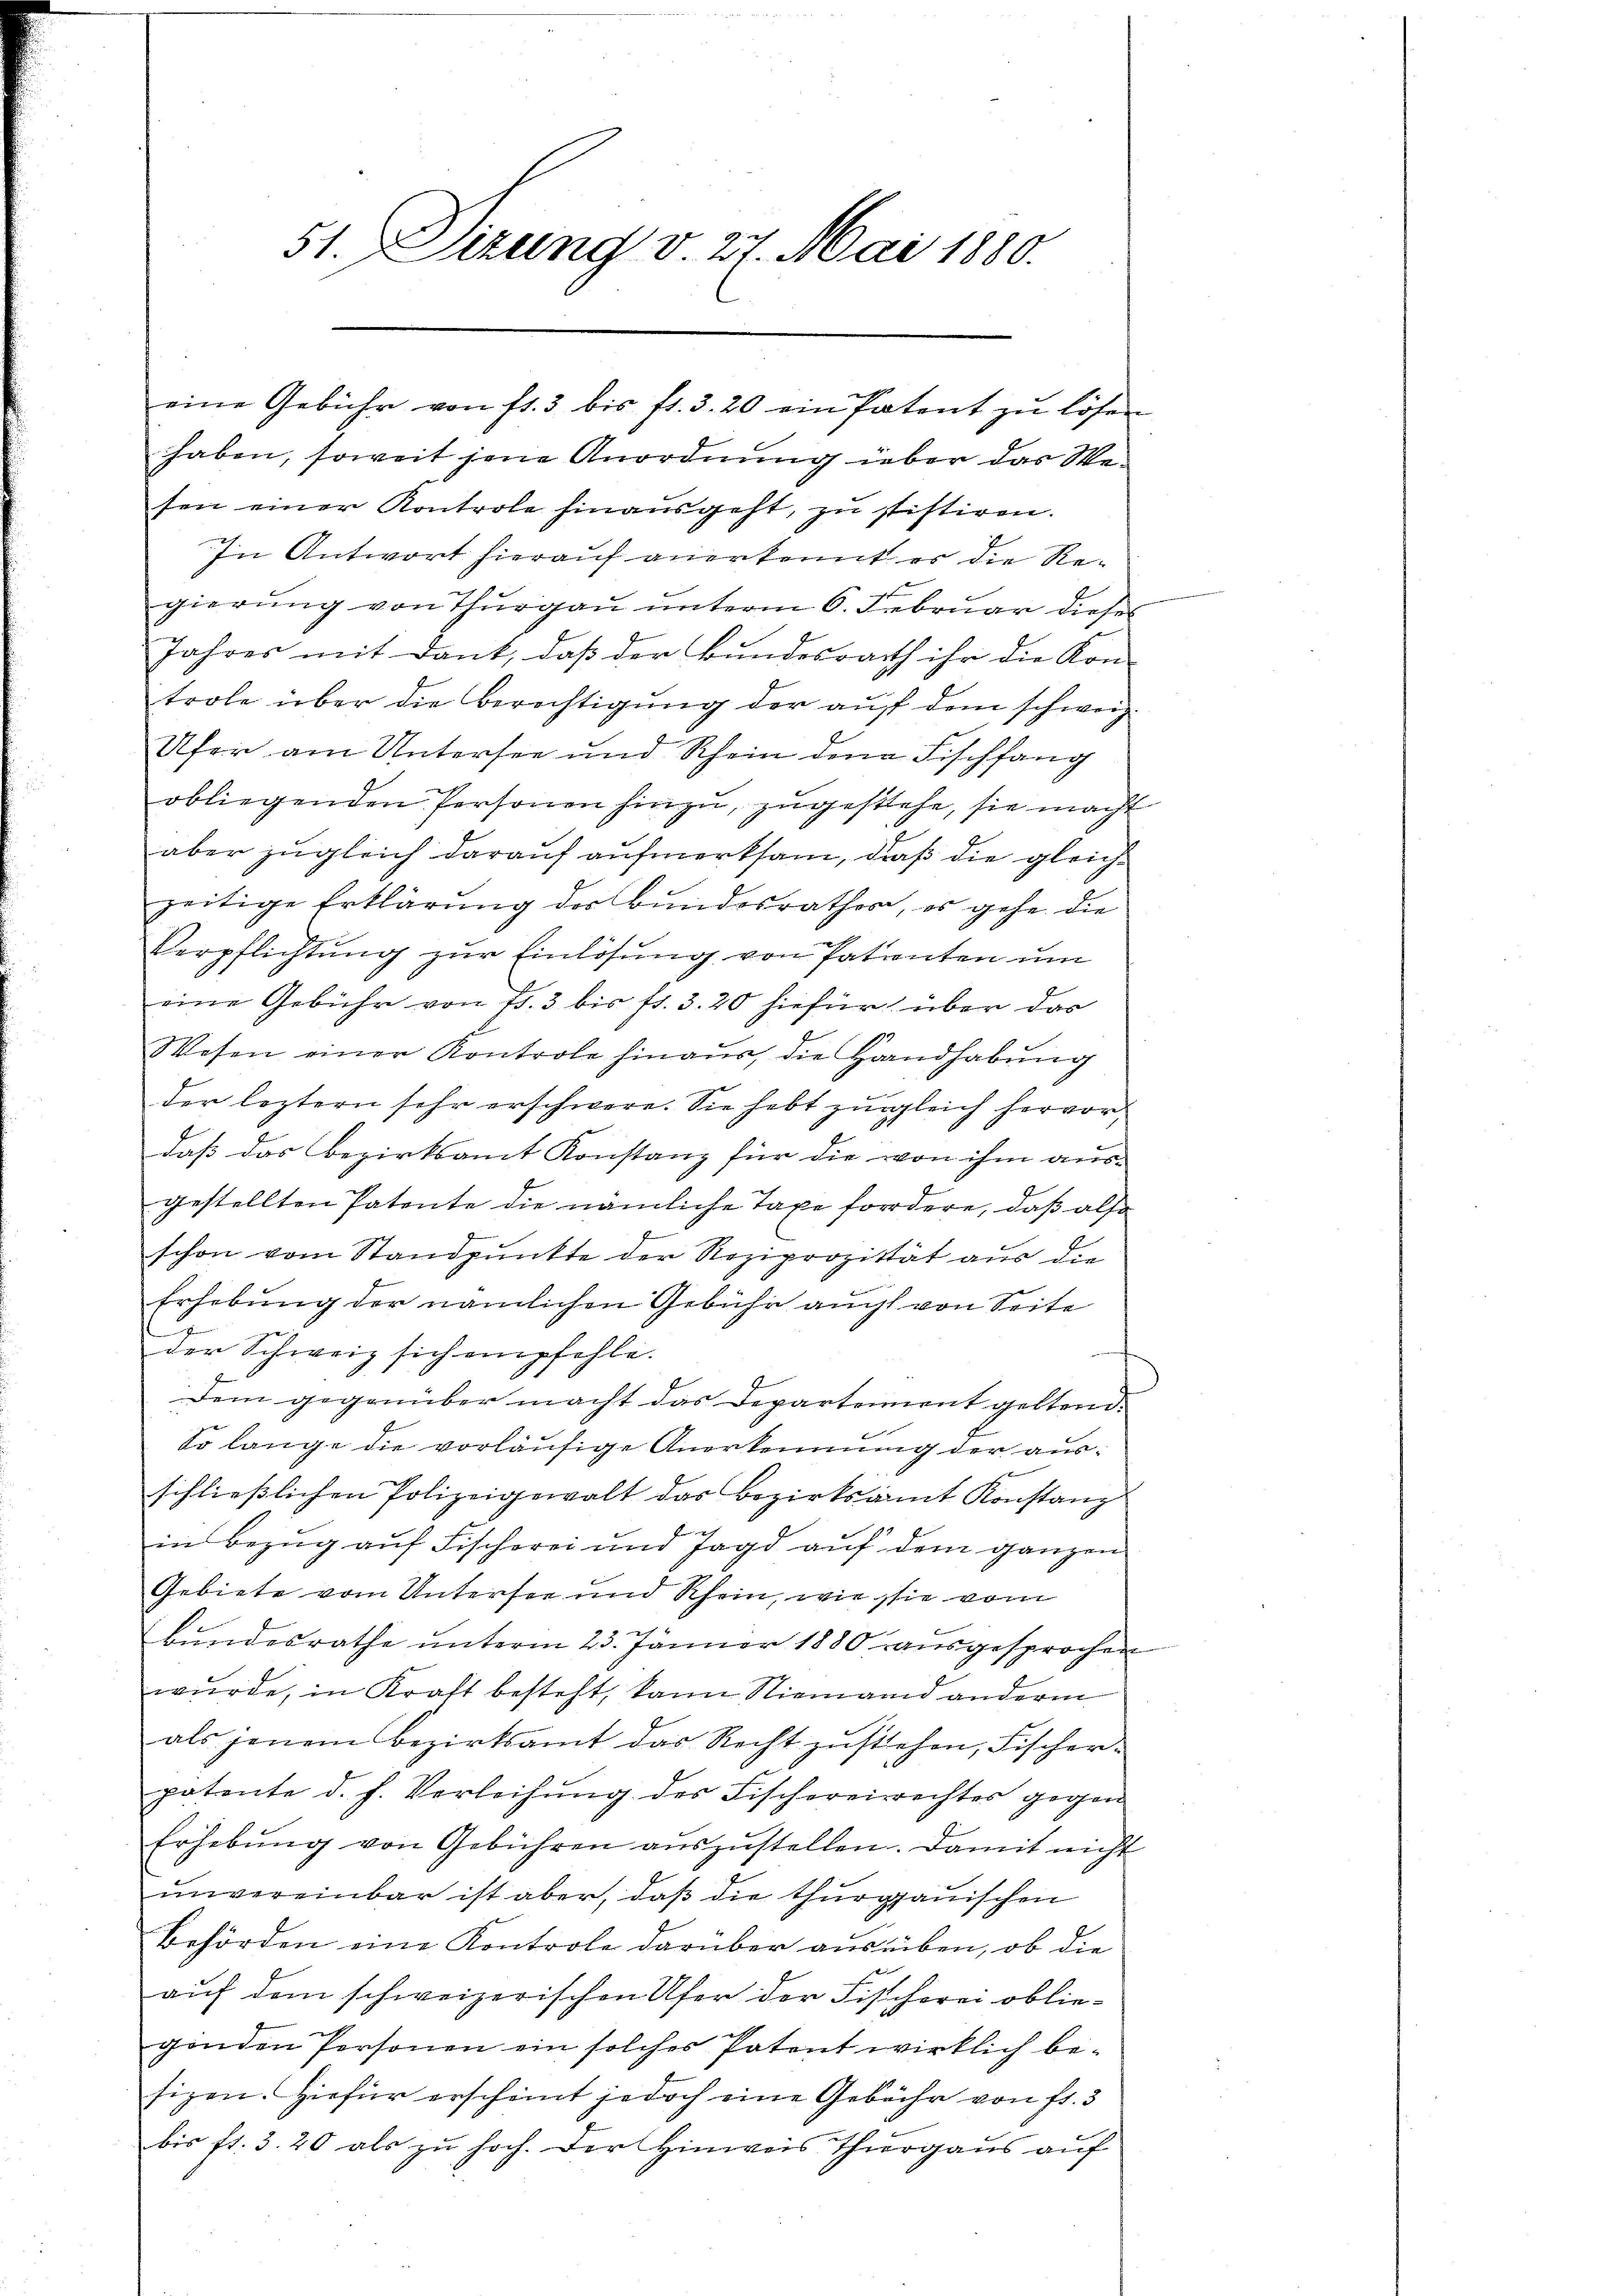
51. Dizung v. 27. Mai 1880.

sen einer Kontrole hinausgeht, zu stistiren.
In Antwort hierauf anerkennt er die Regierung von Thurgau unterm 6. Februar dieser
Jahres mit Dank, daß der Bundesrath ihr die Kon-
trobe über die Berechtigung der auf dem schweiz
Ufer am Untersee und Rhein dena Fischfang
obliegenden Personen hinzu, zugestehe, sie macht
aber zugleich darauf aufmerksam, daß die gleiche
zeitige Erklärung des Bundesrather, es gehe die
Verpflichtŭng zŭr Einlösung von Patenten um
eine Gebühr von Fr. 3 bis fr. 3. 20 hiefür über das
Wesen einer Kontrole hinaus, die Handhabung
der leztern sehr erschwere. Sie hebt zugleich hervordaß das Bezirksamt Konstanz für die von ihm ausgestellten Patente die nämliche Taxe fordere, daß also
schon vom Standpunkte der Reziprozität aus die
Erhebung der nämlichen Gebühr auch von Seite
der Schweiz sich empfehle.
Dem gegenüber macht das Departement geltend:
So lange die vorläufige Anerkennung der ausschließlichen Polizeigewalt das Bezirksamt Konstanz
in Bezug auf Fischerei und Jagd auf dem ganzen
Gebiete vom Untersee und Rhein, wie sie vom
Bundesrathe unterm 23. Jänner 1880 ausgesprochen
wurde, in Kraft besteht, kann Niemand anderm
als jenem Bezirksamt das Recht zustehen, Fischerpotente d. h. Verleihung des Fischereirechtes gegen
Erhebŭng von Gebühren aŭszŭstellen. Damit nicht
unvereinbar ist aber, daß die thurgauischen
Behörden eine Kontrole darüber auseiben, ob die
auf dem schweizerischen Ufer der Fischerei obliegenden Personen ein solches Patent wirklich besizen. Hiefür erscheint jedoch eine Gebühr von fr. 3
bis fr. 3. 20 als zu hoch. Der Hinweis Thurgaus auf

eine Gebühr von fl. 3 bis fl. 3. 20 ein Patent zu lösen
haben, soweit jene Anordnung über das We¬

g

d